Vaccination in Bombay 1924-1928 - 1924-1928
Year: 1924
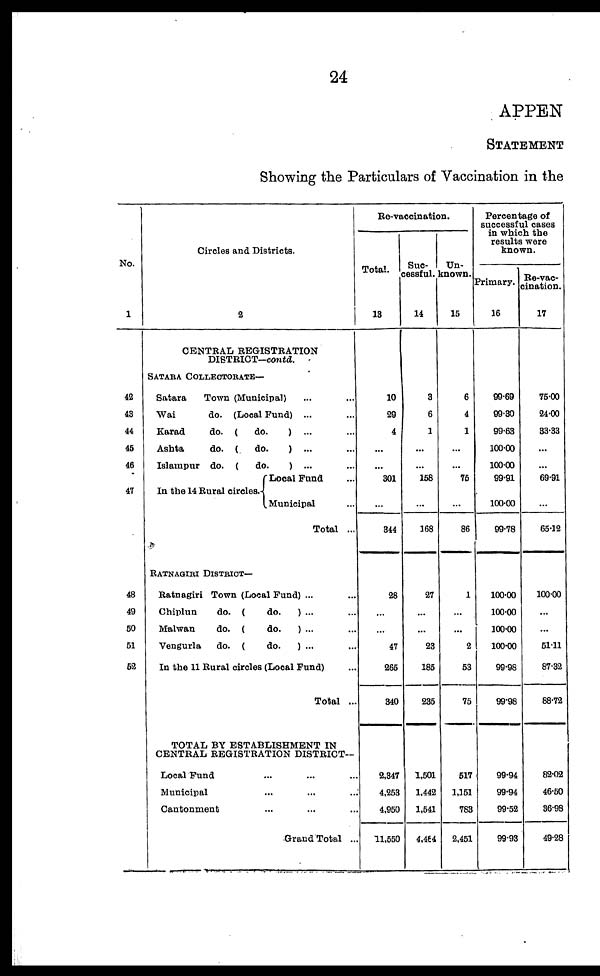
24
APPEN
STATEMENT
Showing the Particulars of Vaccination in the
No.
1
42
43
44
46
46
47
48
49
50
51
52
Circles and Districts.
2
CENTRAL REGISTRATION
DISTRICT—contd.
SATARA COLLECTORATE—
Satara
Town (Municipal) ... ...
Wai
do. (Local Fund) ... ...
Karad
do. (
do.
) ... ...
Ashta
do. (do.
) ... ...
Islampur do. (
do.
) ... ...
In the 14 Rural circles.
Local Fund ...
Municipal ...
Total ...
RATNAGIRI DISTRICT—
Ratnagiri Town (Local Fund) ... ...
Chiplun
do. (
do.
) ... ...
Malwan
do. (
do.
) ... ...
Vengurla
do. (
do.
) ... ...
In the 11 Rural circles (Local Fund) ...
Total ...
TOTAL BY ESTABLISHMENT IN
CENTRAL REGISTRATION DISTRICT—
Local Fund ... ... ...
Municipal ... ... ...
Cantonment ... ... ...
Grand Total ...
Re-vaccination.
Total.
13
10
29
4
...
...
301
...
344
28
...
...
47
265
340
2,347
4,253
4,950
11,550
Suc-
cessful.
14
3
6
1
...
...
158
...
168
27
...
...
23
185
235
1,501
1,442
1,541
4,484
Un-
known.
15
6
4
1
...
...
75
...
86
1
...
...
2
53
75
517
1,151
783
2,451
Percentage of
successful cases
in which the
results were
known.
Primary.
16
99.69
99.30
99.63
100.00
100.00
99.91
100.00
99.78
100.00
100.00
100.00
100.00
99.98
99.98
99.94
99.94
99.52
99.93
Re-vac-
cination.
17
75.00
24.00
33.33
...
...
69.91
...
65.12
100.00
...
...
51.11
87.32
88.72
82.02
46.50
36.98
49.28